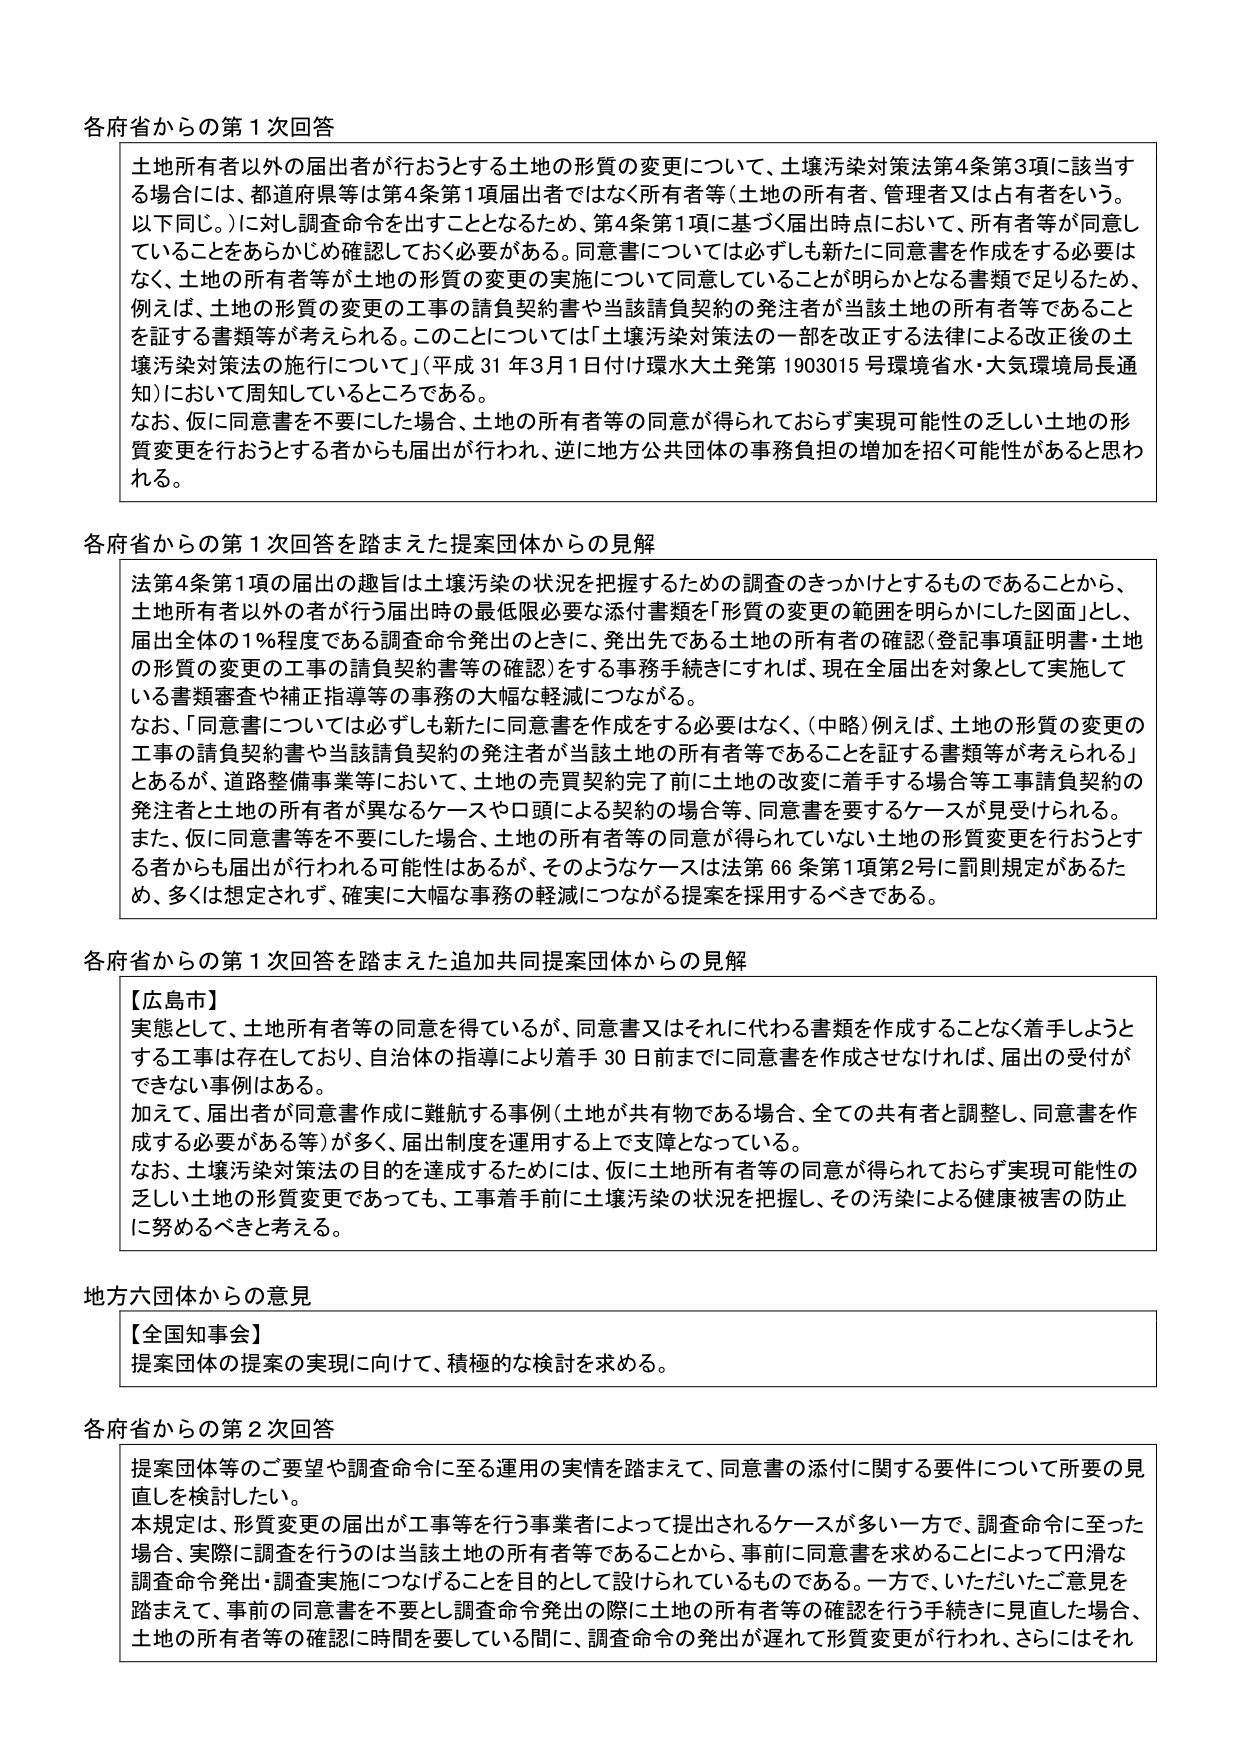
各府省からの第1次回答

土地所有者以外の届出者が行おうとする土地の形質の変更について、土壌汚染対策法第4条第3項に該当する場合には、都道府県等は第4条第1項届出者ではなく所有者等（土地の所有者、管理者又は占有者という。以下同じ。）に対し調査命令を出すこととなるため、第4条第1項に基づく届出時点において、所有者等が同意していることをあらかじめ確認しておく必要がある。同意書については必ずしも新たに同意書を作成する必要はなく、土地の所有者等が土地の形質の変更の実施について同意していることが明らかとなる書類で足りるため、例えば、土地の形質の変更の工事の請負契約書や当該請負契約の発注者が当該土地の所有者等であることを証する書類等が考えられる。このことについては「土壌汚染対策法の一部を改正する法律による改正後の土壌汚染対策法の施行について」（平成31年3月1日付け環水大土発第1903015号環境省水・大気環境局長通知）において周知しているところである。

なお、仮に同意書を不要にした場合、土地の所有者等の同意が得られておらず実現可能性の乏しい土地の形質変更を行おうとする者からも届出が行われ、逆に地方公共団体の事務負担の増加を招く可能性があると思われる。

各府省からの第1次回答を踏まえた提案団体からの見解

法第4条第1項の届出の趣旨は土壌汚染の状況を把握するための調査のきっかけとするものであることから、土地所有者以外の者が行う届出時の最低限必要な添付書類を「形質の変更の範囲を明らかにした図面」とし、届出全体の1％程度である調査命令発出のときに、発出先である土地の所有者の確認（登記事項証明書・土地の形質の変更の工事の請負契約書等の確認）をする事務手続きにすれば、現在全届出を対象として実施している書類審査や補正指導等の事務の大幅な軽減につながる。

なお、「同意書については必ずしも新たに同意書を作成する必要はなく、（中略）例えば、土地の形質の変更の工事の請負契約書や当該請負契約の発注者が当該土地の所有者等であることを証する書類等が考えられる」とあるが、道路整備事業等において、土地の売買契約完了前に土地の改変に着手する場合等工事請負契約の発注者と土地の所有者が異なるケースや口頭による契約の場合等、同意書を要するケースが見受けられる。

また、仮に同意書等を不要にした場合、土地の所有者等の同意が得られていない土地の形質変更を行おうとする者からも届出が行われる可能性はあるが、そのようなケースは法第66条第1項第2号に罰則規定があるため、多くは想定されず、確実に大幅な事務の軽減につながる提案を採用するべきである。

各府省からの第1次回答を踏まえた追加共同提案団体からの見解

【広島市】
実態として、土地所有者等の同意を得ているが、同意書又はそれに代わる書類を作成することなく着手しようとする工事は存在しており、自治体の指導により着手30日前までに同意書を作成させなければ、届出の受付ができない事例はある。
加えて、届出者が同意書作成に難航する事例（土地が共有物である場合、全ての共有者と調整し、同意書を作成する必要がある等）が多く、届出制度を運用する上で支障となっている。
なお、土壌汚染対策法の目的を達成するためには、仮に土地所有者等の同意が得られておらず実現可能性の乏しい土地の形質変更であっても、工事着手前に土壌汚染の状況を把握し、その汚染による健康被害の防止に努めるべきと考える。

地方六団体からの意見

【全国知事会】
提案団体の提案の実現に向けて、積極的な検討を求める。

各府省からの第2次回答

提案団体等のご要望や調査命令に至る運用の実情を踏まえて、同意書の添付に関する要件について所要の見直しを検討したい。
本規定は、形質変更の届出が工事等を行う事業者によって提出されるケースが多い一方で、調査命令に至った場合、実際に調査を行うのは当該土地の所有者等であることから、事前に同意書を求めることによって円滑な調査命令発出・調査実施につなげることを目的として設けられているものである。一方で、いただいたご意見を踏まえて、事前の同意書を不要とし調査命令発出の際に土地の所有者等の確認を行う手続きに見直した場合、土地の所有者等の確認に時間を要している間に、調査命令の発出が遅れて形質変更が行われ、さらにはそれ